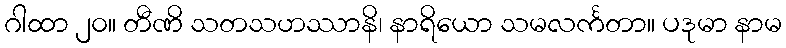
ဂါထာ ၂၀။ တီဏိ သတသဟဿာနိ၊ နာရိယော သမလင်္ကတာ။ ပဒုမာ နာမ